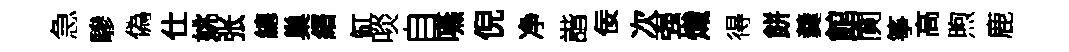
急驂偽仕姚张總巢縉缸啖自嚥倪净諧佞次强熾得餅羹館閴筝高煦鹿